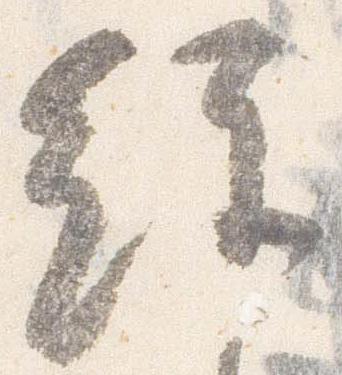
経